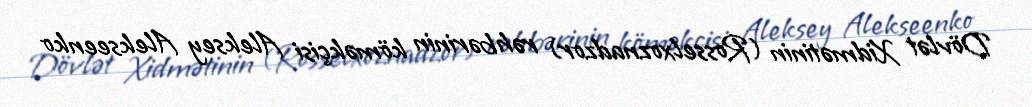
Dövlət Xidmətinin (Rosselxoznadzor) rəhbərinin köməkçisi Aleksey Alekseenko